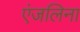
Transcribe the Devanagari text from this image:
एंजलिना